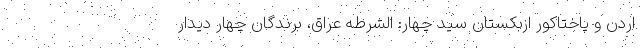
اردن و پاختاکور ازبکستان سید چهار: الشرطه عراق، برندگان چهار دیدار